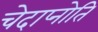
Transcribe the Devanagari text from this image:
चेदाप्नोति